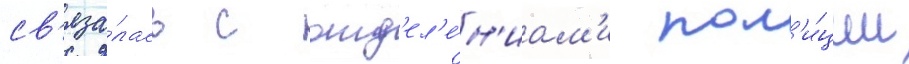
св'яза́лась с отд'ел'е́н'иам'и пол'и́ции